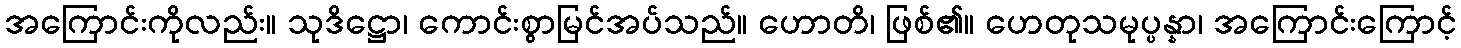
အကြောင်းကိုလည်း။ သုဒိဋ္ဌော၊ ကောင်းစွာမြင်အပ်သည်။ ဟောတိ၊ ဖြစ်၏။ ဟေတုသမုပ္ပန္နာ၊ အကြောင်းကြောင့်